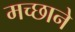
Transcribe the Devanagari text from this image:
मच्छाने